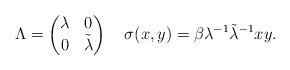
LaTeX: \begin{align*}\Lambda=\begin{pmatrix}\lambda&0\\0&\tilde{\lambda}\end{pmatrix}\quad\sigma(x,y)=\beta \lambda^{-1} \tilde{\lambda}^{-1} xy.\end{align*}